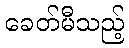
ခေတ်မီသည့်